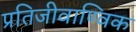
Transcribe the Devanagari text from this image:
प्रतिजीवाण्विक